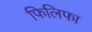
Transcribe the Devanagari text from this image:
फिलिफा